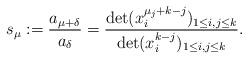
LaTeX: \begin{align*} s_\mu:=\frac{a_{\mu+\delta}}{a_{\delta}}=\frac{\det(x_i^{\mu_j+k-j})_{1\leq i,j\leq k}}{\det(x_i^{k-j})_{1\leq i,j\leq k}}.\end{align*}